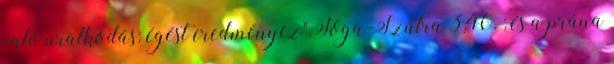
való uralkodás: égést eredményez",Jóga-Szútra 3,40. ; és a prána